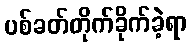
ပစ်ခတ်တိုက်ခိုက်ခဲ့ရာ